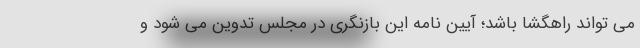
می تواند راهگشا باشد؛ آیین نامه این بازنگری در مجلس تدوین می شود و